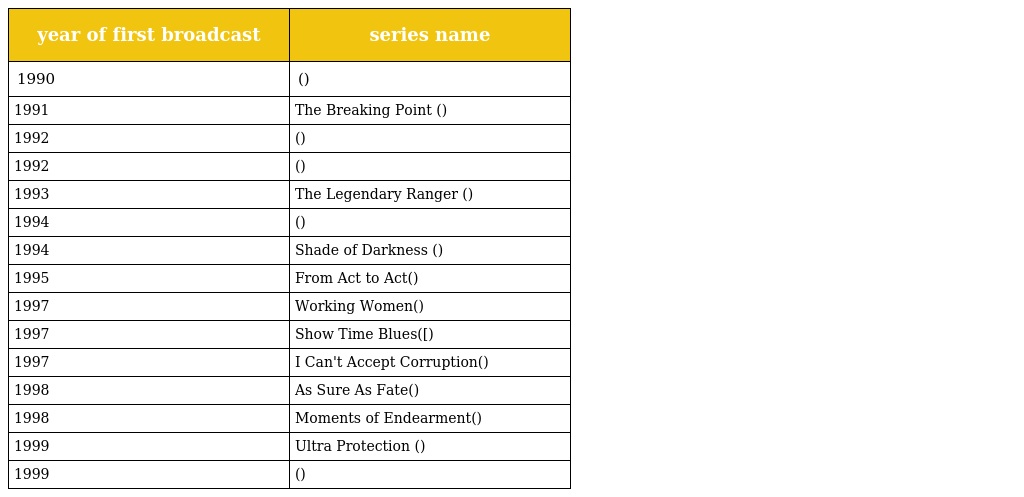
| year of first broadcast | series name |
 | --- | --- |
 | 1990 | (天上凡間) |
 | 1991 | The Breaking Point (今生無悔) |
 | 1992 | (破繭邊緣) |
 | 1992 | (兄兄我我) |
 | 1993 | The Legendary Ranger (原振俠) |
 | 1994 | (成日受傷的男人) |
 | 1994 | Shade of Darkness (異度凶情) |
 | 1995 | From Act to Act(娛樂插班生) |
 | 1997 | Working Women(當女人愛上男人) |
 | 1997 | Show Time Blues([樂壇插班生) |
 | 1997 | I Can't Accept Corruption(廉政追緝令) |
 | 1998 | As Sure As Fate(師奶強人) |
 | 1998 | Moments of Endearment(外父唔怕做) |
 | 1999 | Ultra Protection (非常保鑣) |
 | 1999 | (命轉情真) |